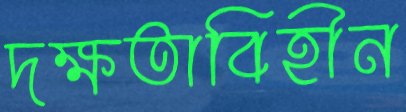
দক্ষতাবিহীন